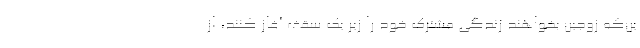
ین‌‌که زوجین بخواهند زندگی مشترک خود را زیر یک سقف آغاز کنند، از